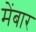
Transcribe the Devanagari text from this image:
मेंबार